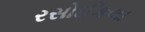
રસોઈકલા